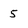
Character: 5